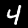
Label: 4